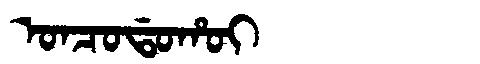
Manchu: ᠣᠨᠴᠣᡩᠣᡥᠣᡳ
Romanization: ONCODOHOI